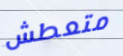
متعطش